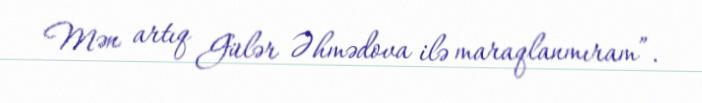
Mən artıq Gülər Əhmədova ilə maraqlanmıram”.